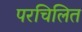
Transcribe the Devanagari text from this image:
परचिलित